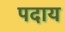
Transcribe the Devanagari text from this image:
पदाय